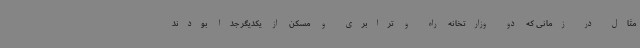
مثال در زمانی که دو وزارتخانه راه و ترابری و مسکن از یکدیگر جدا بودند